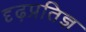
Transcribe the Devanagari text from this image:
दृढ़प्रतिज्ञ